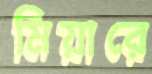
মিয়ারে